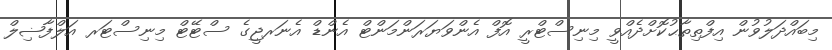
މިބައްދަލުވުން އިފްތިތާޙުކޮށްދެއްވީ މިނިސްޓްރީ އޮފް އެންވަޔަރަންމަންޓް އެންޑް އެނަރޖީގެ ސްޓޭޓް މިނިސްޓަރ އަލްފާޟިލް